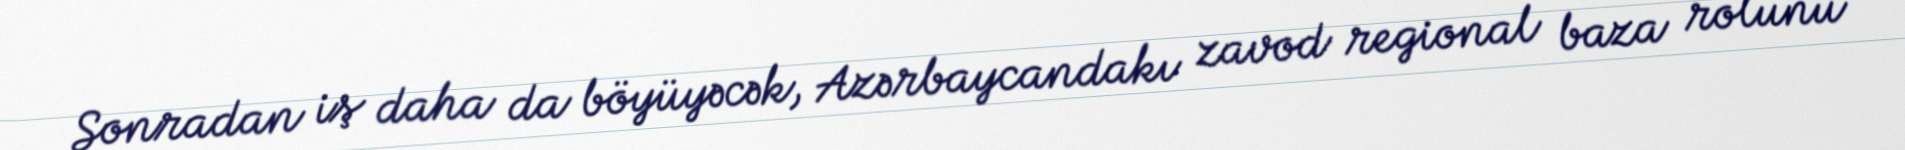
Sonradan iş daha da böyüyəcək, Azərbaycandakı zavod regional baza rolunu